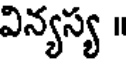
విన్యస్య ॥